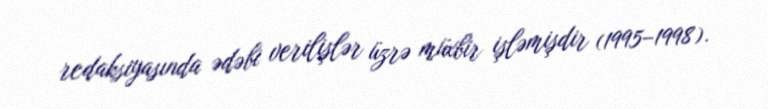
redaksiyasında ədəbi verilişlər üzrə müxbir işləmişdir (1995–1998).